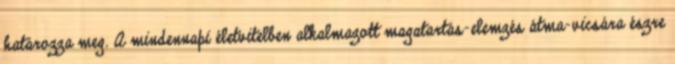
határozza meg. A mindennapi életvitelben alkalmazott magatartás-elemzés átma-vicsára észre